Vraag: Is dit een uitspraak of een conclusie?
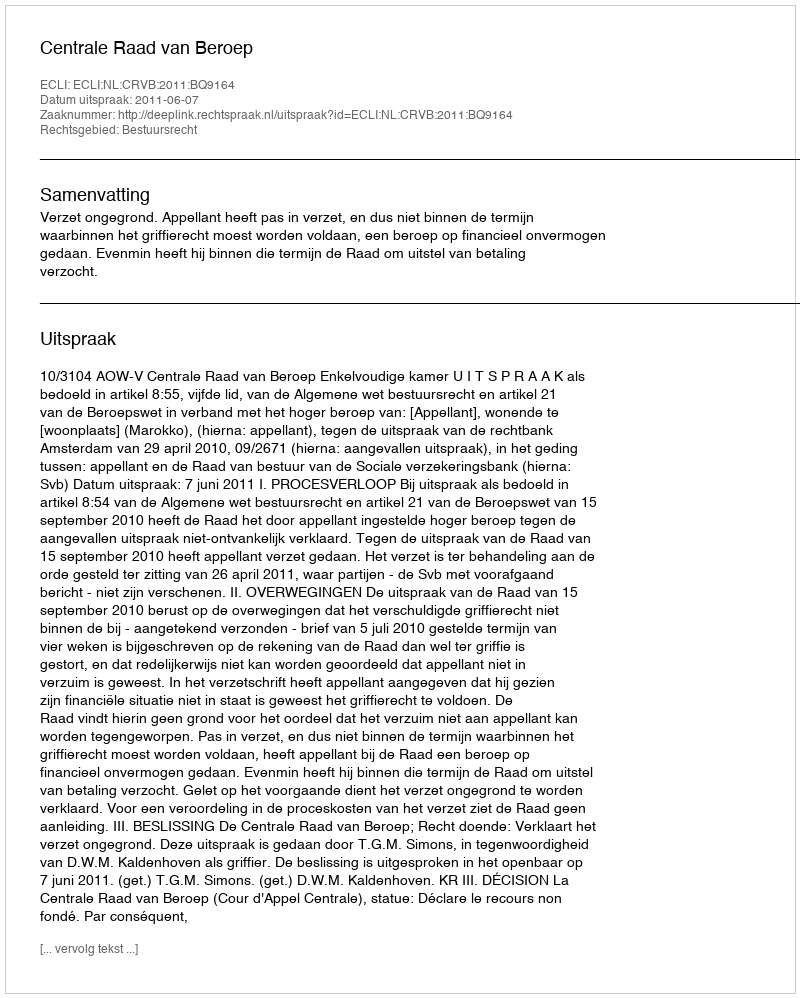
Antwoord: Uitspraak